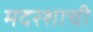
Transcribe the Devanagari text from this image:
मदरशाची